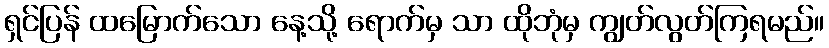
ရှင်ပြန် ထမြောက်သော နေ့သို့ ရောက်မှ သာ ထိုဘုံမှ ကျွတ်လွတ်ကြရမည်။